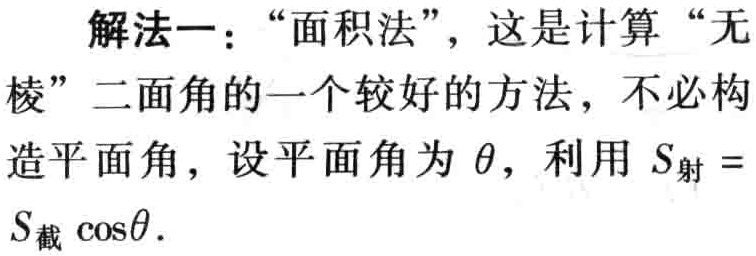
解法一：“面积法”，这是计算“无棱”二面角的一个较好的方法，不必构造平面角，设平面角为\(\theta\)，利用 \(S_{射} = S_{截} \cos\theta\)。